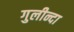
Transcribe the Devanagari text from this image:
गुलीन्दा